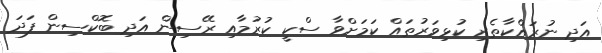
އަދި ނުރައްކާތެރި ކުޅިވަރުތައް ކަމަށްވާ ސްކީ ކުރުމާއި ރޭސިން އަދި ބޮކްސިން ފަދަ